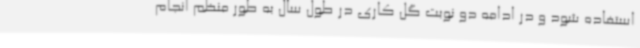
استفاده شود و در ادامه دو نوبت گل کاری در طول سال به طور منظم انجام